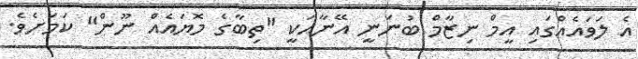
އެ ލަވައެއްގައި އީމް ނިޒާމް ބުނަނީ އޭނާއަކީ "ތިބާގެ މޮޔައެއް ނޫން" ކަމަށެވެ.